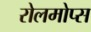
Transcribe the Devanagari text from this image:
रोलमोप्स